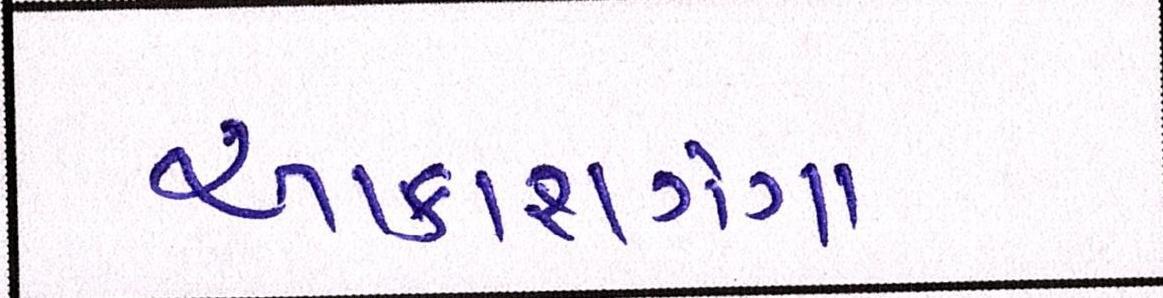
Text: આકાશગંગા